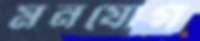
মনযোগ